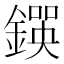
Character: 𨫰